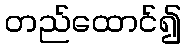
တည်ထောင်၍